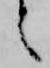
々